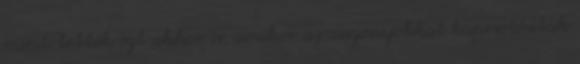
mint tették ezt akkor is, amikor az asszonyokkal kapcsolódtak